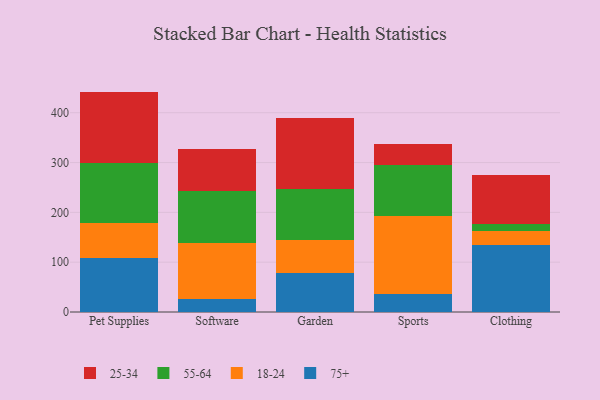
{"axis": {"x": "Category", "y": "Demand Index"}, "legend": ["18-24", "25-34", "55-64", "75+"], "data": [{"x": "Pet Supplies", "y": 107.7, "type": "75+"}, {"x": "Pet Supplies", "y": 71.8, "type": "18-24"}, {"x": "Pet Supplies", "y": 120.2, "type": "55-64"}, {"x": "Pet Supplies", "y": 142.7, "type": "25-34"}, {"x": "Software", "y": 26.5, "type": "75+"}, {"x": "Software", "y": 111.5, "type": "18-24"}, {"x": "Software", "y": 104.7, "type": "55-64"}, {"x": "Software", "y": 84.6, "type": "25-34"}, {"x": "Garden", "y": 79.0, "type": "75+"}, {"x": "Garden", "y": 65.3, "type": "18-24"}, {"x": "Garden", "y": 102.7, "type": "55-64"}, {"x": "Garden", "y": 141.7, "type": "25-34"}, {"x": "Sports", "y": 35.2, "type": "75+"}, {"x": "Sports", "y": 156.6, "type": "18-24"}, {"x": "Sports", "y": 103.2, "type": "55-64"}, {"x": "Sports", "y": 42.8, "type": "25-34"}, {"x": "Clothing", "y": 133.5, "type": "75+"}, {"x": "Clothing", "y": 29.5, "type": "18-24"}, {"x": "Clothing", "y": 14.5, "type": "55-64"}, {"x": "Clothing", "y": 96.8, "type": "25-34"}]}